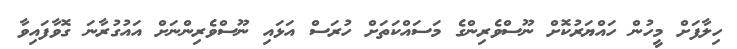
ހިލާފަށް މީހުން ހައްޔަރުކޮށް ނޫސްވެރިންގެ މަސައްކަތަށް ހުރަސް އަޅައި ނޫސްވެރިންނަށް އައުގުރާނަ ގޮވާފައިވާ